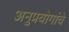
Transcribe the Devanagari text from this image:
अनुप्रयोगांचे